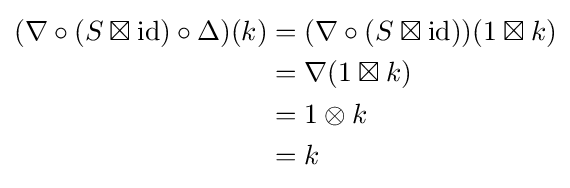
{\begin{aligned}(\nabla \circ (S\boxtimes \mathrm {id} )\circ \Delta )(k)&=(\nabla \circ (S\boxtimes \mathrm {id} ))(1\boxtimes k)\\&=\nabla (1\boxtimes k)\\&=1\otimes k\\&=k\end{aligned}}